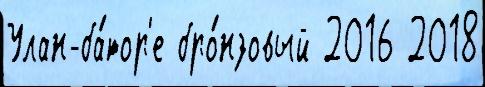
Улан-ба́тор'е бро́нзовый 2016 2018